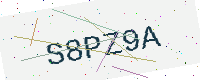
Text: S8PZ9A